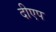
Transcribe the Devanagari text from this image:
दीएप